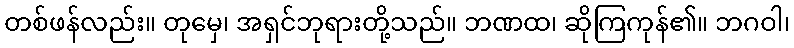
တစ်ဖန်လည်း။ တုမှေ၊ အရှင်ဘုရားတို့သည်။ ဘဏထ၊ ဆိုကြကုန်၏။ ဘဂဝါ၊